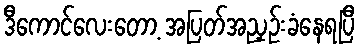
ဒီကောင်လေးတော့ အပြတ်အညှဉ်းခံနေရပြီ